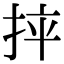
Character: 𢬪